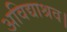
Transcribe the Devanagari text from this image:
अविद्याश्रव।